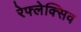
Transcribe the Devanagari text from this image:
रेफ्लेक्सिव